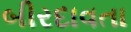
બીરદાવતા